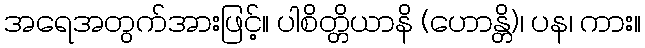
အရေအတွက်အားဖြင့်။ ပါစိတ္တိယာနိ (ဟောန္တိ)၊ ပန၊ ကား။